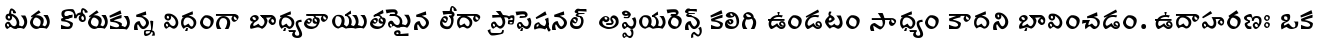
మీరు కోరుకున్న విధంగా బాధ్యతాయుతమైన లేదా ప్రొఫెషనల్ అప్పియరెన్స్ కలిగి ఉండటం సాధ్యం కాదని భావించడం. ఉదాహరణః ఒక